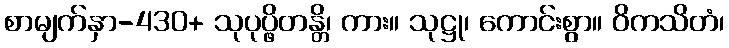
စာမျက်နှာ-430+ သုပုပ္ဖိတန္တိ၊ ကား။ သုဋ္ဌု၊ ကောင်းစွာ။ ဝိကသိတံ၊